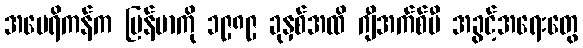
အမေရိကန်က မြန်မာကို ၁၉၈၉ ခုနှစ်အထိ ဂျီအက်စ်ပီ အခွင့်အရေးတွေ